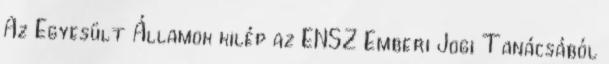
Az Egyesült Államok kilép az ENSZ Emberi Jogi Tanácsából